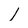
Character: l